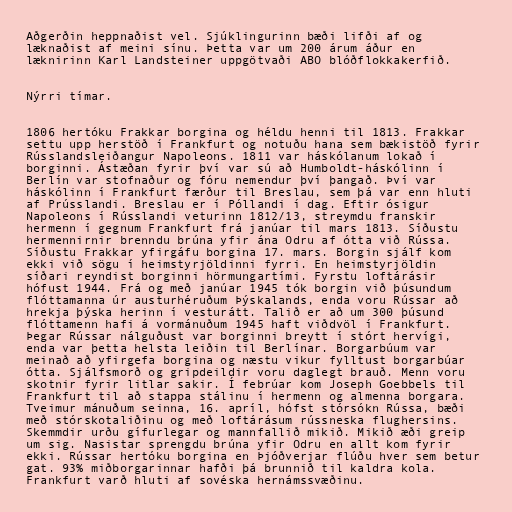
Aðgerðin heppnaðist vel. Sjúklingurinn bæði lifði af og
læknaðist af meini sínu. Þetta var um 200 árum áður en
læknirinn Karl Landsteiner uppgötvaði ABO blóðflokkakerfið.

Nýrri tímar.

1806 hertóku Frakkar borgina og héldu henni til 1813. Frakkar
settu upp herstöð í Frankfurt og notuðu hana sem bækistöð fyrir
Rússlandsleiðangur Napoleons. 1811 var háskólanum lokað í
borginni. Ástæðan fyrir því var sú að Humboldt-háskólinn í
Berlín var stofnaður og fóru nemendur því þangað. Því var
háskólinn í Frankfurt færður til Breslau, sem þá var enn hluti
af Prússlandi. Breslau er í Póllandi í dag. Eftir ósigur
Napoleons í Rússlandi veturinn 1812/13, streymdu franskir
hermenn í gegnum Frankfurt frá janúar til mars 1813. Síðustu
hermennirnir brenndu brúna yfir ána Odru af ótta við Rússa.
Síðustu Frakkar yfirgáfu borgina 17. mars. Borgin sjálf kom
ekki við sögu í heimstyrjöldinni fyrri. En heimstyrjöldin
síðari reyndist borginni hörmungartími. Fyrstu loftárásir
hófust 1944. Frá og með janúar 1945 tók borgin við þúsundum
flóttamanna úr austurhéruðum Þýskalands, enda voru Rússar að
hrekja þýska herinn í vesturátt. Talið er að um 300 þúsund
flóttamenn hafi á vormánuðum 1945 haft viðdvöl í Frankfurt.
Þegar Rússar nálguðust var borginni breytt í stórt hervígi,
enda var þetta helsta leiðin til Berlínar. Borgarbúum var
meinað að yfirgefa borgina og næstu vikur fylltust borgarbúar
ótta. Sjálfsmorð og gripdeildir voru daglegt brauð. Menn voru
skotnir fyrir litlar sakir. Í febrúar kom Joseph Goebbels til
Frankfurt til að stappa stálinu í hermenn og almenna borgara.
Tveimur mánuðum seinna, 16. apríl, hófst stórsókn Rússa, bæði
með stórskotaliðinu og með loftárásum rússneska flughersins.
Skemmdir urðu gífurlegar og mannfallið mikið. Mikið æði greip
um sig. Nasistar sprengdu brúna yfir Odru en allt kom fyrir
ekki. Rússar hertóku borgina en Þjóðverjar flúðu hver sem betur
gat. 93% miðborgarinnar hafði þá brunnið til kaldra kola.
Frankfurt varð hluti af sovéska hernámssvæðinu.